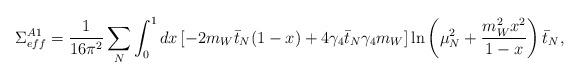
LaTeX: \begin{align*}\Sigma_{eff}^{A1} = \frac{1}{16 \pi^2} \sum_N \int_0^1 dx \left[ -2m_W \bar{t}_N (1-x) + 4 \gamma_4 \bar{t}_N \gamma_4 m_W \right] \ln \left( \mu_N^2 + \frac{m_W^2 x^2}{1-x} \right) \bar{t}_N,\end{align*}